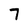
Character: 7